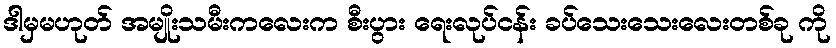
ဒါမှမဟုတ် အမျိုးသမီးကလေးက စီးပွား ရေးလုပ်ငန်း ခပ်သေးသေးလေးတစ်ခု ကို